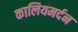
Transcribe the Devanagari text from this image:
कालियमर्दन